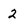
Character: 2